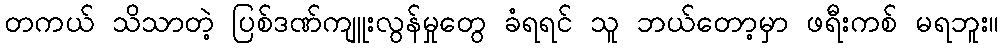
တကယ် သိသာတဲ့ ပြစ်ဒဏ်ကျူးလွန်မှုတွေ ခံရရင် သူ ဘယ်တော့မှာ ဖရီးကစ် မရဘူး။